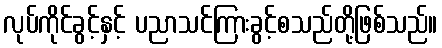
လုပ်ကိုင်ခွင့်နှင့် ပညာသင်ကြားခွင့်စသည်တို့ဖြစ်သည်။